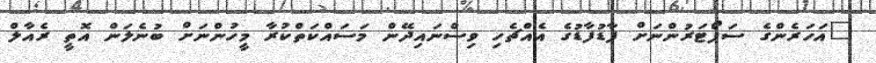
"އަހަރެންގެ ސަޕޯޓަރުންނަށް ފާޑުފާޑުގެ އެއްޗެހި ވިސްނައިދޭން މަސައްކަތްކުރާ މީހުންނަށް ބުނެލަން އޮތީ ރެއާލް